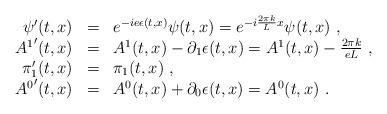
LaTeX: \begin{align*}\begin{array}{r c l}\psi'(t,x)&=&e^{-ie\epsilon(t,x)}\psi(t,x)=e^{-i\frac{2\pi k}{L}x}\psi(t,x)\ ,\\{A^1}'(t,x)&=&A^1(t,x)-\partial_1\epsilon(t,x)=A^1(t,x)-\frac{2\pi k}{eL}\ ,\\\pi'_1(t,x)&=&\pi_1(t,x)\ ,\ \\{A^0}'(t,x)&=&A^0(t,x)+\partial_0\epsilon(t,x)=A^0(t,x)\ .\end{array}\end{align*}